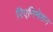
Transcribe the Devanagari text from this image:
रिएनिमेशन